Annual administration report of the Civil Veterinary Department of India - 1894-1895
Year: 1894
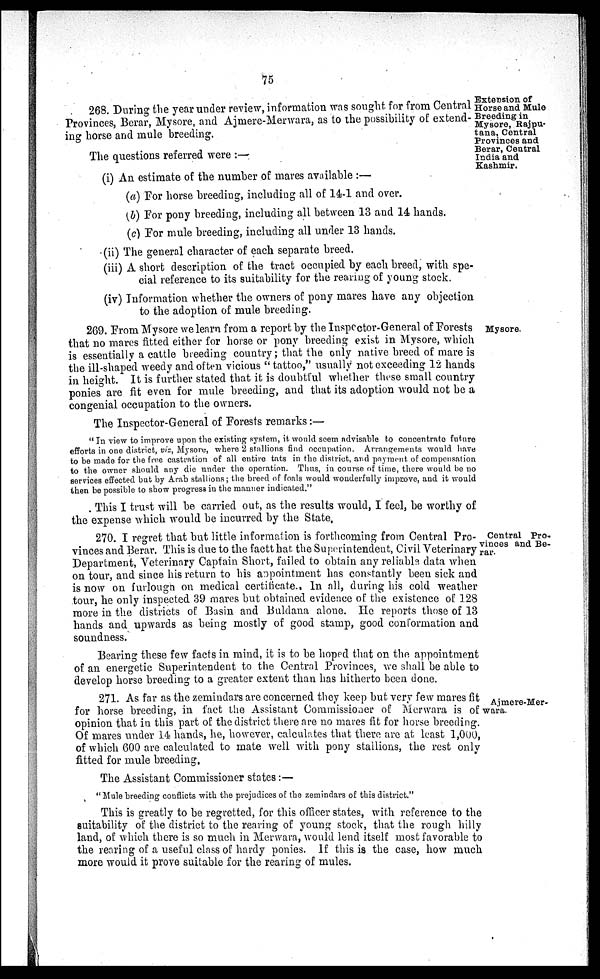
75
Extension of
Horse and Mule
Breeding in
Mysore, Rajpu-
tana, Central
Provinces and
Berar, Central
India and
Kashmir.
268. During the year under review, information was sought for from Central
Provinces, Berar, Mysore, and Ajmere-Merwara, as to the possibility of extend-
ing horse and mule breeding.
The questions referred were :—
(i) An estimate of the number of mares available :—
(a) For horse breeding, including all of 14-1 and over.
(b) For pony breeding, including all between 13 and 14 hands.
(c) For mule breeding, including all under 13 hands.
(ii) The general character of each separate breed.
(iii) A short description of the tract occupied by each breed, with spe-
cial reference to its suitability for the rearing of young stock.
(iv) Information whether the owners of pony mares have any objection
to the adoption of mule breeding.
Mysore.
269. From Mysore we learn from a report by the Inspector-General of Forests
that no mares fitted either for horse or pony breeding exist in Mysore, which
is essentially a cattle breeding country; that the only native breed of mare is
the ill-shaped weedy and often vicious " tattoo," usually not exceeding 12 hands
in height. It is further stated that it is doubtful whether these small country
ponies are fit even for mule breeding, and that its adoption would not be a
congenial occupation to the owners.
The Inspector-General of Forests remarks:—
" In view to improve upon the existing system, it. would seem advisable to concentrate future
efforts in one district, viz, Mysore, where 2 stallions find occupation. Arrangements would have
to be made for the free castration of all entire tats in the district, and payment of compensation
to the owner should any die under the operation. Thus, in course of time, there would be no
services effected but by Arab stallions; the breed of foals would wonderfully improve, and it would
then be possible to show progress in the manner indicated."
This I trust will be carried out, as the results would, I feel, be worthy of
the expense which would be incurred by the State.
Central Pro-
vinces and Be-
rar.
270. I regret that but little information is forthcoming from Central Pro-
vinces and Berar. This is due to the factt hat the Superintendent, Civil Veterinary
Department, Veterinary Captain Short, failed to obtain any reliable data when
on tour, and since his return to his appointment has constantly been sick and
is now on furlough on medical certificate., In all, during his cold weather
tour, he only inspected 39 mares but obtained evidence of the existence of 128
more in the districts of Basin and Buldana alone. He reports those of 13
hands and upwards as being mostly of good stamp, good conformation and
soundness.
Bearing these few facts in mind, it is to be hoped that on the appointment
of an energetic Superintendent to the Central Provinces, we shall be able to
develop horse breeding to a greater extent than has hitherto been done.
Ajmere-Mer-
wara.
271. As far as the zemindars are concerned they keep but very few mares fit
for horse breeding, in fact the Assistant Commissioner of Merwara is of
opinion that in this part of the district there are no mares fit for horse breeding.
Of mares under 14 hands, he, however, calculates that there are at least 1,000,
of which 600 are calculated to mate well with pony stallions, the rest only
fitted for mule breeding.
The Assistant Commissioner states:—
"Mule breeding conflicts with the prejudices of the zemindars of this district."
This is greatly to be regretted, for this officer states, with reference to the
suitability of the district to the rearing of young stock, that the rough hilly
land, of which there is so much in Merwara, would lend itself most favorable to
the rearing of a useful class of hardy ponies. If this is the case, how much
more would it prove suitable for the rearing of mules.